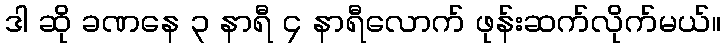
ဒါ ဆို ခဏနေ ၃ နာရီ ၄ နာရီလောက် ဖုန်းဆက်လိုက်မယ်။